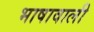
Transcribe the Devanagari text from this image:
भाषावाली